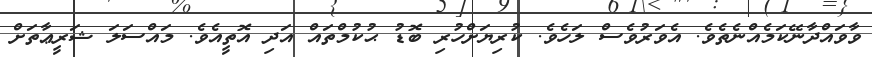
ވާވައްދާނޭކަމެއްނެތެވެ. އެވަރުވެސް ލަހެވެ. ކުރިޔަށްހުރި ބޮޑު ޙުކުމްތައް އަދި އޮތީއެވެ. މައްސަލަ ޝަރީޢާތަށް